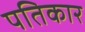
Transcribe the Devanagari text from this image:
पतिकार